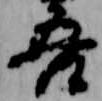
吾